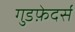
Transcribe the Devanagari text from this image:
गुडफ़ेदर्स